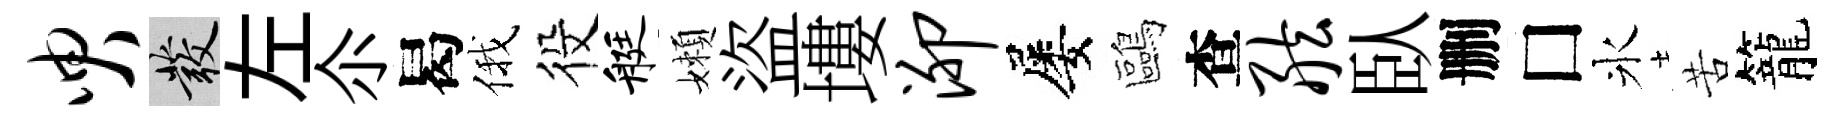
臾發左尒曷俄役艇嬾盜塿泖屡鷗查舷臥删□氷苦籠